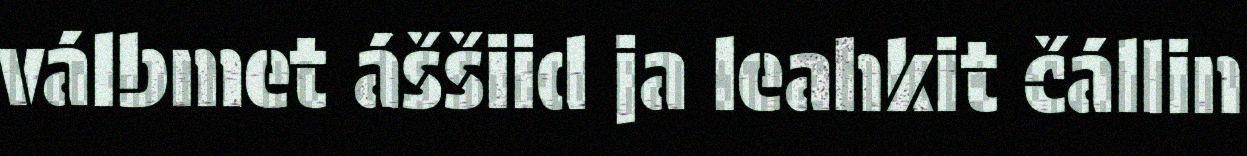
válbmet áššiid ja leahkit čállin